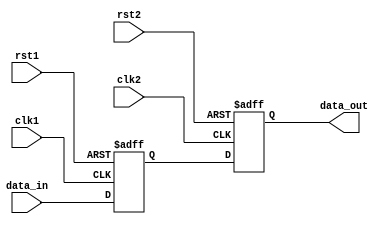
module synchronizer (
    input wire clk1,
    input wire rst1,
    input wire clk2,
    input wire rst2,
    input wire data_in,
    output reg data_out
);

reg data_sync;

always @(posedge clk1 or posedge rst1) begin
    if (rst1) begin
        data_sync <= 1'b0;
    end else begin
        data_sync <= data_in;
    end
end

always @(posedge clk2 or posedge rst2) begin
    if (rst2) begin
        data_out <= 1'b0;
    end else begin
        data_out <= data_sync;
    end
end

endmodule